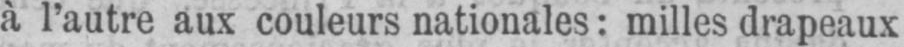
à l’autre aux couleurs nationales: milles drapeaux